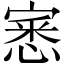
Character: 𭔎